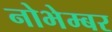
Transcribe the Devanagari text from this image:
नोभेम्बर